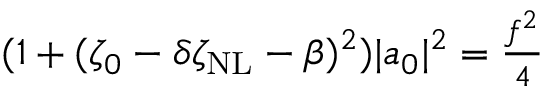
\begin{array} { r } { ( 1 + ( \zeta _ { 0 } - \delta \zeta _ { \mathrm { N L } } - \beta ) ^ { 2 } ) | a _ { 0 } | ^ { 2 } = \frac { f ^ { 2 } } { 4 } } \end{array}